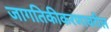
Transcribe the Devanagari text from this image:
जागतिकीकरणावरील